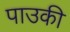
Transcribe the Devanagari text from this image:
पाउकी